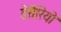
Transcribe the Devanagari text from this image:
डेसैरियो